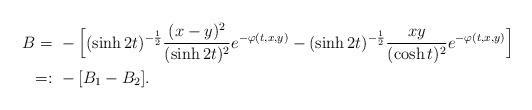
LaTeX: \begin{align*}B=&\ -\Big[(\sinh2t)^{-\frac{1}{2}}\frac{(x-y)^{2}}{(\sinh2t)^{2}}e^{-\varphi(t,x,y)}-(\sinh2t)^{-\frac{1}{2}}\frac{xy}{(\cosh t)^{2}}e^{-\varphi(t,x,y)}\Big]\\=:&\ -[B_{1}-B_{2}].\end{align*}